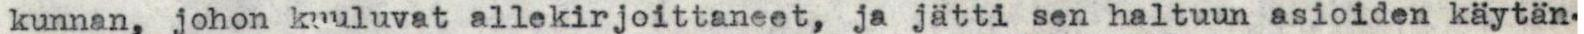
kunnan, johon kuuluvat allekirjoittaneet, ja jätti sen haltuun asioiden käytän-